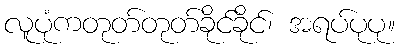
လူပုံကတုတ်တုတ်ခိုင်ခိုင်၊ အရပ်ပုပု။